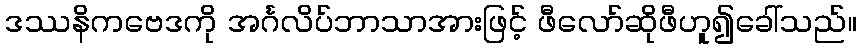
ဒဿနိကဗေဒကို အင်္ဂလိပ်ဘာသာအားဖြင့် ဖီလော်ဆိုဖီဟူ၍ခေါ်သည်။